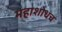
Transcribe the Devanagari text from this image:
महाशोधच